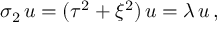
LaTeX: \sigma _ { 2 } \, u = ( \tau ^ { 2 } + \xi ^ { 2 } ) \, u = \lambda \, u \, ,